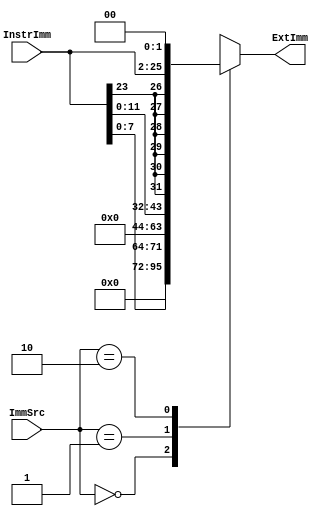
`timescale 1ns / 1ps
/*
----------------------------------------------------------------------------------
-- Company: NUS	
-- Engineer: (c) Shahzor Ahmad and Rajesh Panicker
-- 
-- Create Date: 09/23/2015 06:49:10 PM
-- Module Name: Extend
-- Project Name: CG3207 Project
-- Target Devices: Nexys 4 (Artix 7 100T)
-- Tool Versions: Vivado 2015.2
-- Description: Extend Module
-- 
-- Dependencies: NIL
-- 
-- Revision:
-- Revision 0.01 - File Created
-- Additional Comments: 
-- 
----------------------------------------------------------------------------------

----------------------------------------------------------------------------------
--	License terms :
--	You are free to use this code as long as you
--		(i) DO NOT post it on any public repository;
--		(ii) use it only for educational purposes;
--		(iii) accept the responsibility to ensure that your implementation does not violate any intellectual property of ARM Holdings or other entities.
--		(iv) accept that the program is provided "as is" without warranty of any kind or assurance regarding its suitability for any particular purpose;
--		(v)	acknowledge that the program was written based on the microarchitecture described in the book Digital Design and Computer Architecture, ARM Edition by Harris and Harris;
--		(vi) send an email to rajesh.panicker@ieee.org briefly mentioning its use (except when used for the course CG3207 at the National University of Singapore);
--		(vii) retain this notice in this file or any files derived from this.
----------------------------------------------------------------------------------
*/

module Extend(
    input [1:0] ImmSrc,
    input [23:0] InstrImm,
    output reg [31:0] ExtImm
    );
    
    always@(ImmSrc, InstrImm)
        case(ImmSrc)
            2'b00: ExtImm <= {24'b0, InstrImm[7:0]} ;   // DP instructions   
            2'b01: ExtImm <= {20'b0, InstrImm[11:0]} ;  // LDR/STR    
            2'b10: ExtImm <= {{6{InstrImm[23]}}, InstrImm[23:0], 2'b00} ;   // B   
            default: ExtImm <= 32'bx ;  // undefined     
        endcase   
    
endmodule